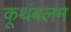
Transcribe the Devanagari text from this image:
कूथंबलम